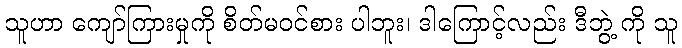
သူဟာ ကျော်ကြားမှုကို စိတ်မဝင်စား ပါဘူး၊ ဒါကြောင့်လည်း ဒီဘွဲ့ ကို သူ